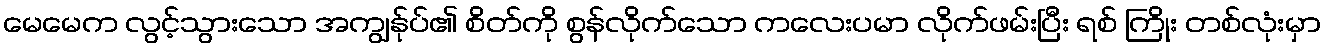
မေမေက လွင့်သွားသော အကျွန်ုပ်၏ စိတ်ကို စွန်လိုက်သော ကလေးပမာ လိုက်ဖမ်းပြီး ရစ် ကြိုး တစ်လုံးမှာ